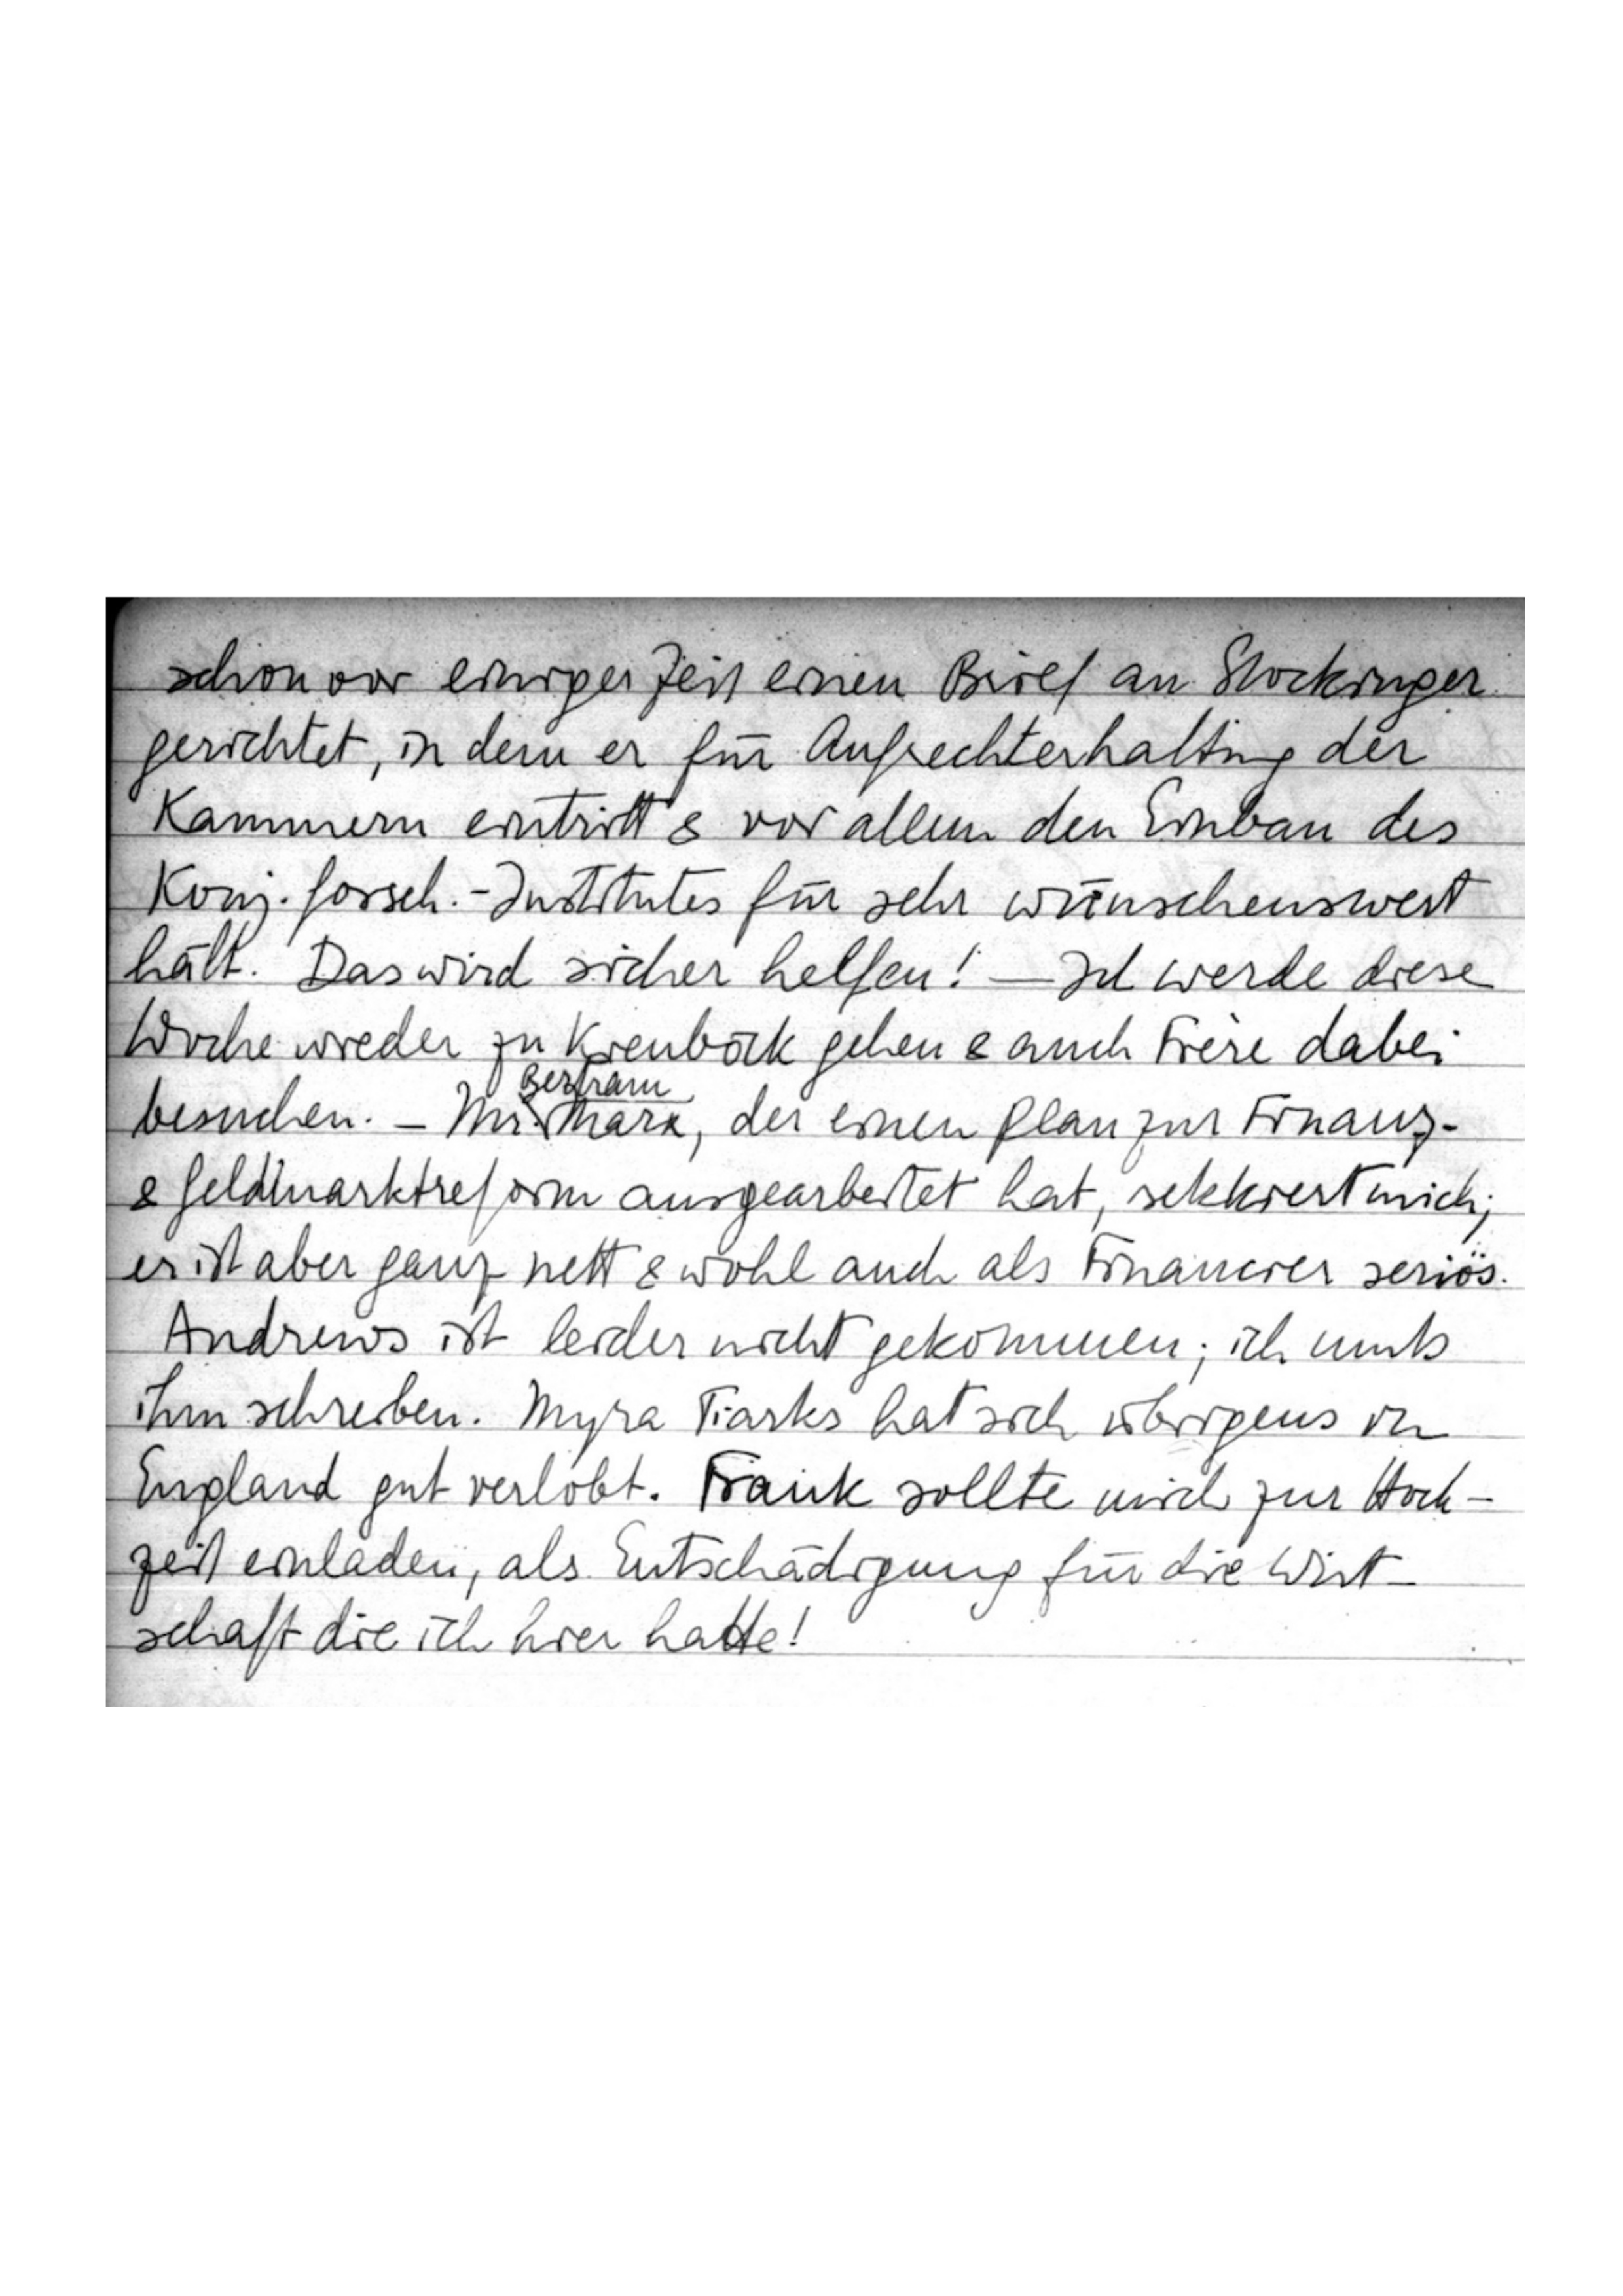
schon vor einiger Zeit einen Brief an Stockinger
gerichtet, in dem er für Aufrechterhaltung der
Kammern eintritt & vor allem den Einbau des
Konj.forsch.-Institutes für sehr wünschenswert
hält. Das wird sicher helfen! – Ich werde diese
Woche wieder zu Kienböck gehen & auch F... dabei
e
ram
besuchen. – Mr. Marx, der einen Plan zur Finanz-
& Geldmarktreform ausgearbeitet hat, sekkiert mich;
er ist aber ganz nett & wohl auch als Financier seriös.
Andrews ist leider nicht gekommen; ich muß
ihm schreiben. Myra Tiarks hat sich übrigens in
England gut verlobt. Frank sollte mich zur Hoch
zeit einladen, als Entschädigung für die Wirt
schaft die ich hier hatte!